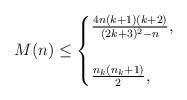
LaTeX: \begin{align*}M(n) \leq \begin{cases}\frac{4n(k+1)(k+2)}{(2k+3)^2-n}, & \\ \\\frac {n_k(n_k+1)}2, & \end{cases}\end{align*}